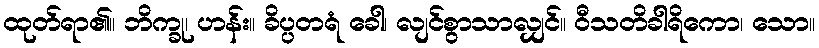
ထုတ်ရာ၏။ ဘိက္ခု၊ ဟန်း။ ခိပ္ပတရံ ခေါ၊ လျင်စွာသာလျှင်။ ဝီသတိခါရိကော၊ သော။